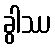
ခွါဿ